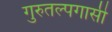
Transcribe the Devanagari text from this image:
गुरुतल्पगासी